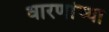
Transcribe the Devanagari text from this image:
धारणांच्या